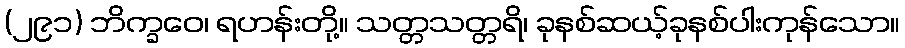
(၂၉၁) ဘိက္ခဝေ၊ ရဟန်းတို့။ သတ္တသတ္တရိ၊ ခုနစ်ဆယ့်ခုနစ်ပါးကုန်သော။